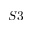
S 3